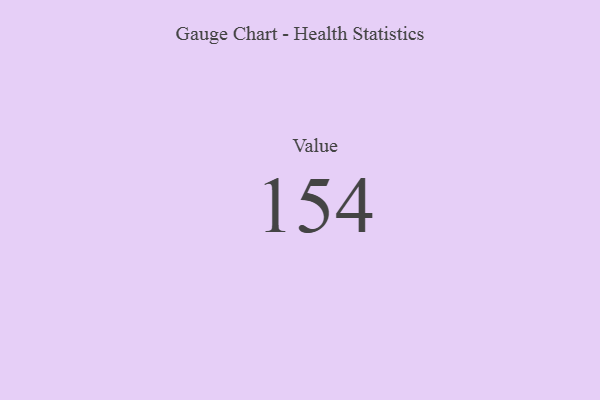
{"axis": {"x": "Metric", "y": "Value"}, "legend": [""], "data": [{"x": "Value", "y": 154, "type": ""}]}